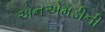
એનએમડીની